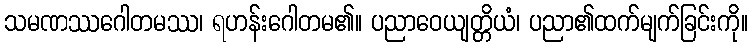
သမဏဿဂေါတမဿ၊ ရဟန်းဂေါတမ၏။ ပညာဝေယျတ္တိယံ၊ ပညာ၏ထက်မျက်ခြင်းကို။